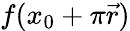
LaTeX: f(x_{0}+\pi{\vec{r}})